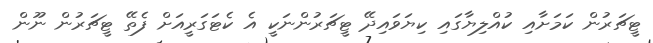
ޓީޗަރުން ކަމަށާއި ކުއްލިޔާގައި ކިޔަވައިދޭ ޓީޗަރުންނަކީ އެ ކެޓަގަރީއަށް ފެތޭ ޓީޗަރުން ނޫން